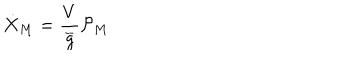
\dot { X } _ { M } = \frac { V } { \overline { { { g } } } } { \mathcal { P } } _ { M }